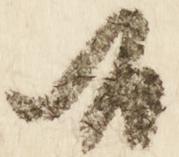
候